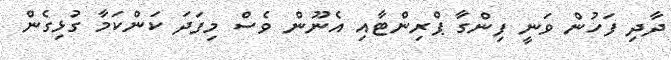
ދާދި ފަހުން ވަނީ ފިންގާ ޕްރިންޓާއި އެނޫން ވެސް މިފަދަ ކަންކަމާ ގުޅިގެން